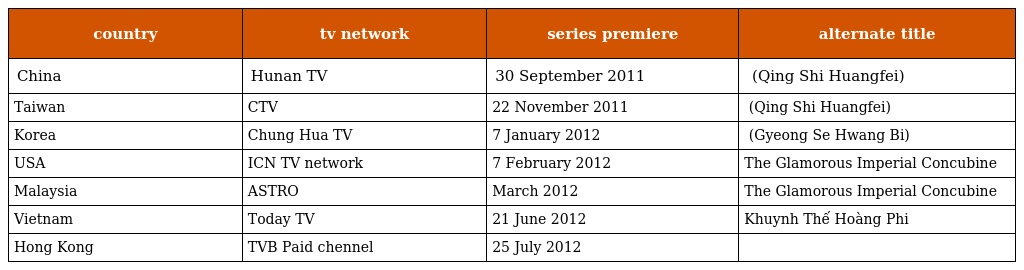
| country | tv network | series premiere | alternate title |
 | --- | --- | --- | --- |
 | China | Hunan TV | 30 September 2011 | 倾世皇妃 (Qing Shi Huangfei) |
 | Taiwan | CTV | 22 November 2011 | 傾世皇妃 (Qing Shi Huangfei) |
 | Korea | Chung Hua TV | 7 January 2012 | 경세황비 (Gyeong Se Hwang Bi) |
 | USA | ICN TV network | 7 February 2012 | The Glamorous Imperial Concubine |
 | Malaysia | ASTRO | March 2012 | The Glamorous Imperial Concubine |
 | Vietnam | Today TV | 21 June 2012 | Khuynh Thế Hoàng Phi |
 | Hong Kong | TVB Paid chennel | 25 July 2012 | 倾世皇妃 |